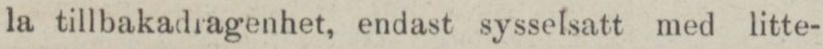
la tillbakadragenhet, endast sysselsatt med litte-